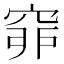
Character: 𥥺